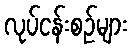
လုပ်ငန်းစဉ်များ